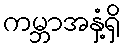
ကမ္ဘာအနှံ့ရှိ